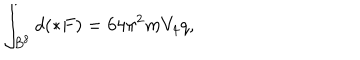
\int _ { B ^ { 8 } } d ( \ast F ) = 6 4 \pi ^ { 2 } m V _ { 4 } q ,